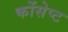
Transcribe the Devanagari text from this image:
कोंसेप्ट